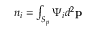
n _ { i } = \begingroup \textstyle \int \endgroup _ { S _ { p } } \Psi _ { i } d ^ { 2 } \mathbf { p }